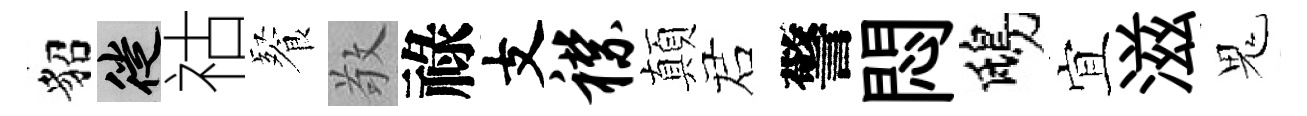
貂徙祜餐敬祿支襟顛诺警悶鴟宜滋鬼